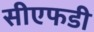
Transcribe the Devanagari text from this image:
सीएफडी